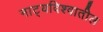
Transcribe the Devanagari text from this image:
नाट्यविश्वातील